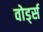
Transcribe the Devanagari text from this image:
वोर्ड्स